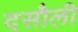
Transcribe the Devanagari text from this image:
दसौली